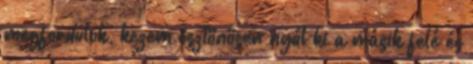
megfordulok, kezem ösztönösen nyúl ki a másik felé és